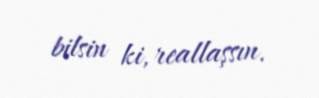
bilsin ki, reallaşsın.